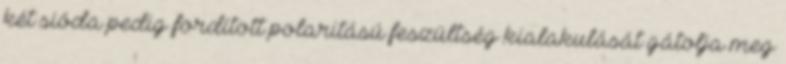
két sióda pedig fordított polaritású feszültség kialakulását gátolja meg